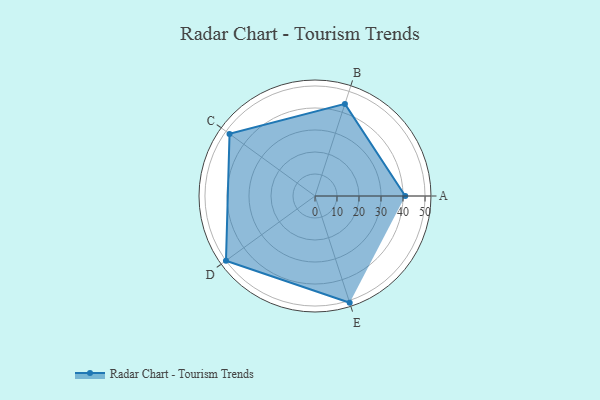
{"axis": {"x": "Skill", "y": "Score"}, "legend": ["Profile"], "data": [{"x": "A", "y": 41.0, "type": "Profile"}, {"x": "B", "y": 44.0, "type": "Profile"}, {"x": "C", "y": 48.0, "type": "Profile"}, {"x": "D", "y": 50.0, "type": "Profile"}, {"x": "E", "y": 51.0, "type": "Profile"}]}